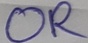
Text: OR